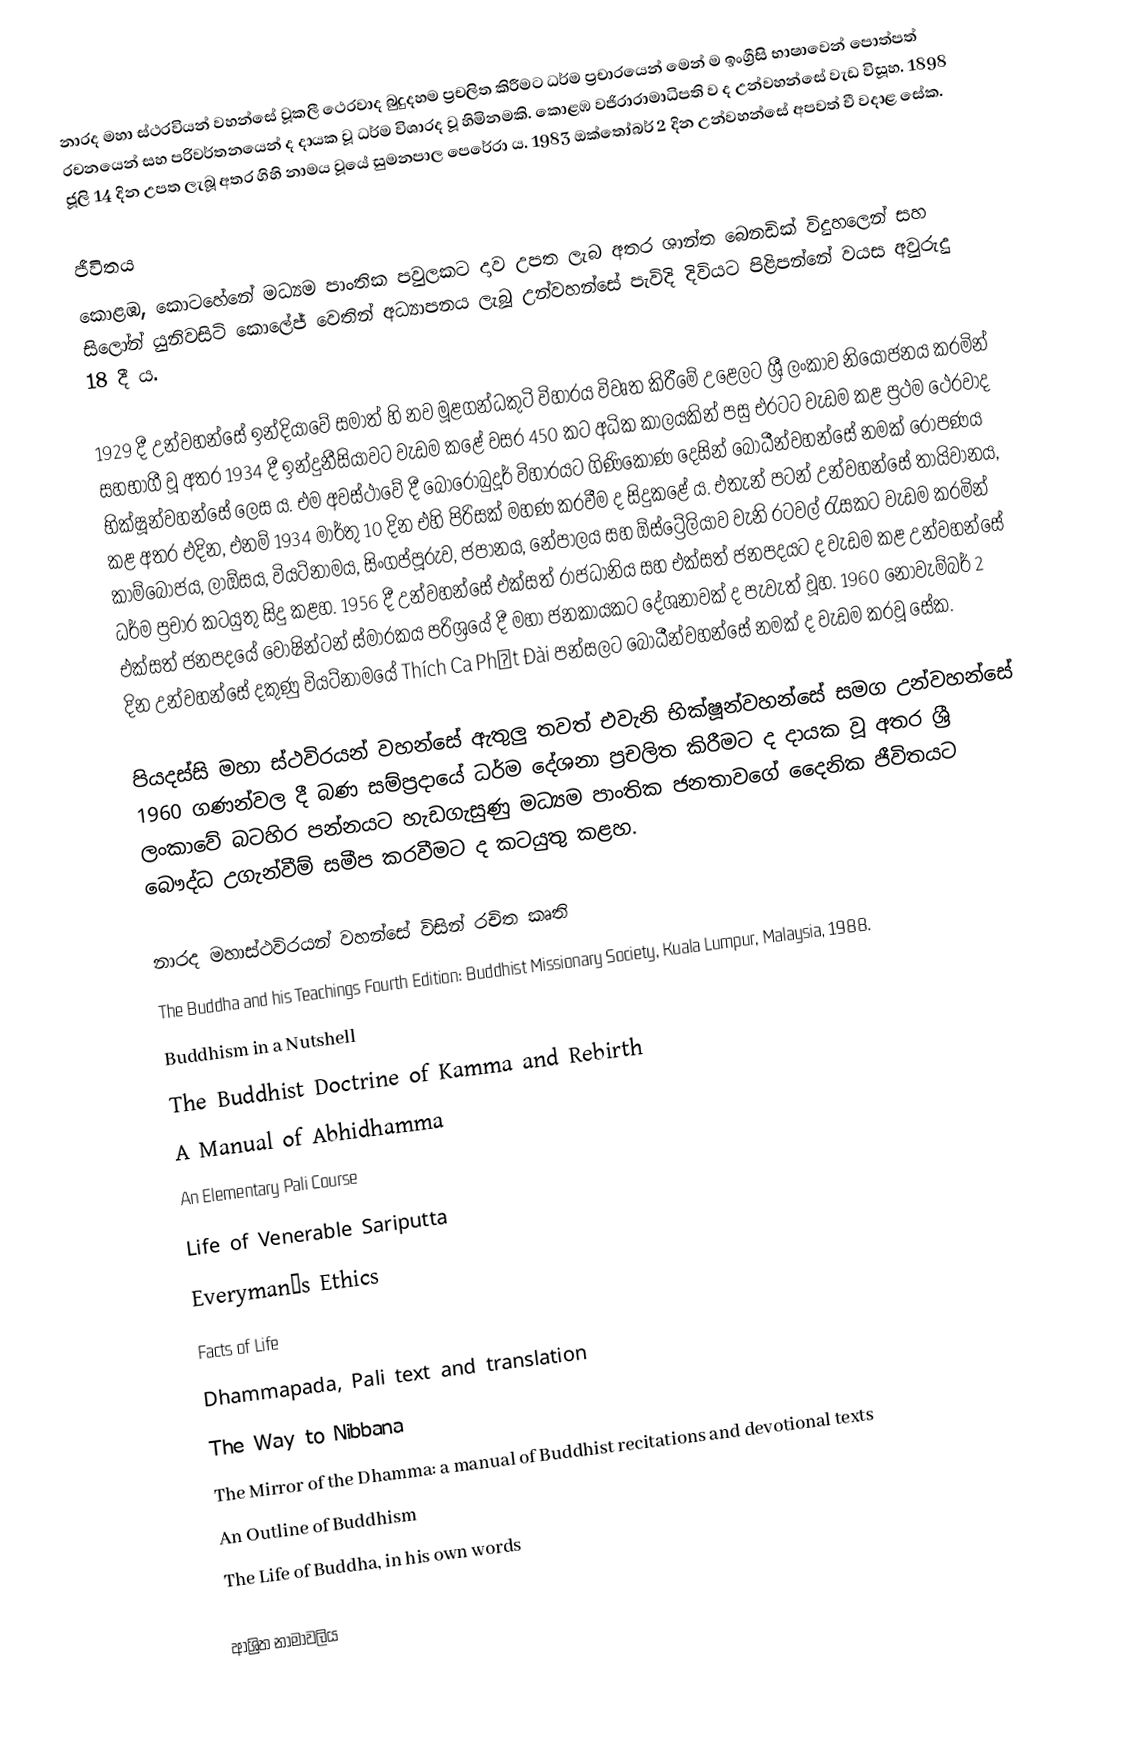
නාරද මහා ස්ථරවියන් වහන්සේ වූකලී ථෙරවාද බුදුදහම ප්‍රචලිත කිරීමට ධර්ම ප්‍රචාරයෙන් මෙන් ම ඉංග්‍රීසි භාෂාවෙන් පොත්පත් රචනයෙන් සහ පරිවර්තනයෙන් ද දායක වූ ධර්ම විශාරද වූ හිමිනමකි. කොළඹ වජිරාරාමාධිපති ව ද උන්වහන්සේ වැඩ විසූහ. 1898 ජූලි 14 දින උපත ලැබූ අතර ගිහි නාමය වූයේ සුමනපාල පෙරේරා ය. 1983 ඔක්තෝබර් 2  දින උන්වහන්සේ අපවත් වී වදාළ සේක.

ජීවිතය
කොළඹ, කොටහේනේ මධ්‍යම පාංතික පවුලකට දාව උපත ලැබ අතර ශාන්ත බෙනඩික් විදුහලෙන් සහ සිලෝන් යුනිවසිටි කොලේජ් වෙතින් අධ්‍යාපනය ලැබූ උන්වහන්සේ පැවිදි දිවියට පිළිපන්නේ වයස අවුරුදු 18 දී ය.

1929 දී උන්වහන්සේ ඉන්දියාවේ සමාත් හි නව මූළගන්ධකුටි විහාරය විවෘත කිරීමේ උළෙලට ශ්‍රී ලංකාව නියෝජනය කරමින් සහභාගී වූ අතර 1934 දී ඉන්දුනීසියාවට වැඩම කළේ වසර 450 කට අධික කාලයකින් පසු එරටට වැඩම කළ ප්‍රථම ථෙරවාද භික්ෂූන්වහන්සේ ලෙස ය. එම අවස්ථාවේ දී බෝරෝබුදූර් විහාරයට ගිණිකොණ දෙසින් බෝධීන්වහන්සේ නමක් රෝපණය කළ අතර එදින, එනම් 1934 මාර්තු 10 දින එහි පිරිසක් මහණ කරවීම ද සිදුකළේ ය. එතැන් පටන් උන්වහන්සේ තායිවානය, කාම්බෝජය, ලාඕසය, වියට්නාමය, සිංගප්පූරුව, ජපානය, නේපාලය සහ ඕස්ට්‍රේලියාව වැනි රටවල් රැසකට වැඩම කරමින් ධර්ම ප්‍රචාර කටයුතු සිදු කළහ. 1956 දී උන්වහන්සේ එක්සත් රාජධානිය සහ එක්සත් ජනපදයට ද වැඩම කළ උන්වහන්සේ එක්සත් ජනපදයේ වොෂින්ටන් ස්මාරකය පරිශ්‍රයේ දී මහා ජනකායකට දේශනාවක් ද පැවැත් වූහ. 1960 නොවැම්බර් 2 දින උන්වහන්සේ දකුණු වියට්නාමයේ Thích Ca Phật Đài පන්සලට බෝධීන්වහන්සේ නමක් ද වැඩම කරවූ සේක.

පියදස්සි මහා ස්ථවිරයන් වහන්සේ ඇතුලු තවත් එවැනි භික්ෂූන්වහන්සේ සමග උන්වහන්සේ 1960 ගණන්වල දී බණ සම්ප්‍රදායේ ධර්ම දේශනා ප්‍රචලිත කිරීමට ද දායක වූ අතර ශ්‍රී ලංකාවේ බටහිර පන්නයට හැඩගැසුණු මධ්‍යම පාංතික ජනතාවගේ දෛනික ජීවිතයට බෞද්ධ උගැන්වීම් සමීප කරවීමට ද කටයුතු කළහ.

නාරද මහාස්ථවිරයන් වහන්සේ විසින් රචිත කෘති
The Buddha and his Teachings Fourth Edition: Buddhist Missionary Society, Kuala Lumpur, Malaysia, 1988.
Buddhism in a Nutshell
The Buddhist Doctrine of Kamma and Rebirth
A Manual of Abhidhamma
An Elementary Pali Course
Life of Venerable Sariputta
Everyman’s Ethics
Facts of Life
Dhammapada, Pali text and translation
The Way to Nibbana
The Mirror of the Dhamma: a manual of Buddhist recitations and devotional texts
An Outline of Buddhism
The Life of Buddha, in his own words

ආශ්‍රිත නාමාවලිය